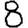
Digit: 8